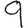
Digit: 9